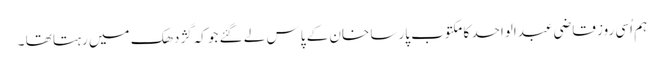
ہم اُسی روز قاضی عبدالواحد کا مکتوب پارسا خان کے پاس لے گئے جو کہ گژدھک میں رہتا تھا ۔